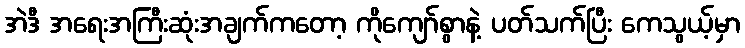
အဲဒီ အရေးအကြီးဆုံးအချက်ကတော့ ကိုကျော်စွာနဲ့ ပတ်သက်ပြီး ကေသွယ့်မှာ